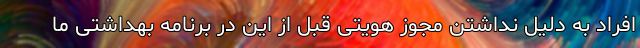
افراد به‌ دلیل نداشتن مجوز هویتی قبل از این در برنامه بهداشتی ما